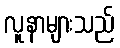
လူနာများသည်